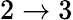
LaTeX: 2\rightarrow 3